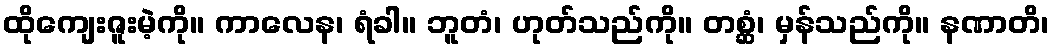
ထိုကျေးဇူးမဲ့ကို။ ကာလေန၊ ရံခါ။ ဘူတံ၊ ဟုတ်သည်ကို။ တစ္ဆံ၊ မှန်သည်ကို။ နဏာတိ၊